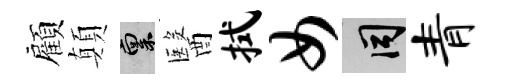
顧顛禀醫拭女间青